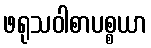
ဖရုသဝါစာပစ္စယာ